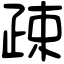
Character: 疎